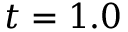
t = 1 . 0